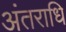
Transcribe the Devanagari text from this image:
अंतराधि